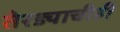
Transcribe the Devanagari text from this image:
तेरड्याचीही